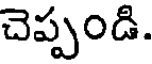
చెప్పండి.